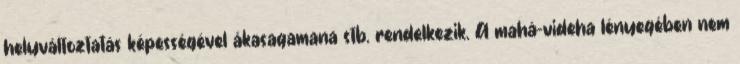
helyváltoztatás képességével ákasagamana stb. rendelkezik. A mahá-videha lényegében nem